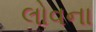
લોવના